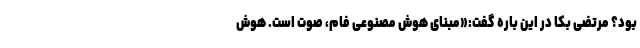
بود؟ مرتضی بکا در این باره گفت:«مبنای هوش مصنوعی فام، صوت است. هوش